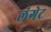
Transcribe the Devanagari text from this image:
लंगेट